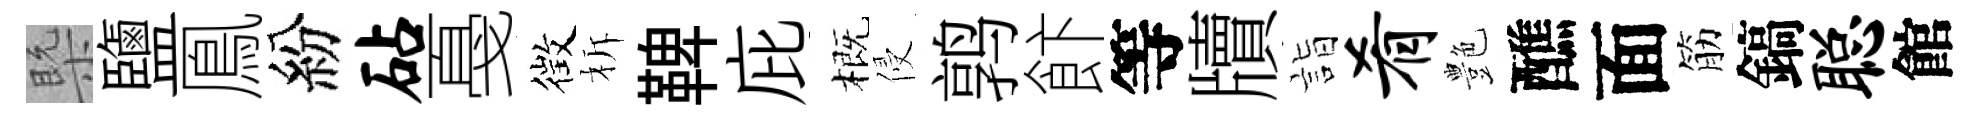
槩鹽鳯紛砧戞徴柝鞞庇概侵鹑飰等牘詣肴艶醮面筋鎬聪館